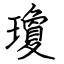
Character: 瓊